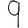
Digit: 9